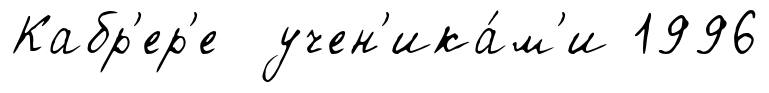
Кабр'ер'е учен'ика́м'и 1996